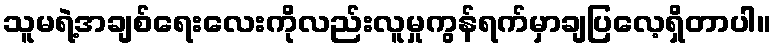
သူမရဲ့အချစ်ရေးလေးကိုလည်းလူမှုကွန်ရက်မှာချပြလေ့ရှိတာပါ။